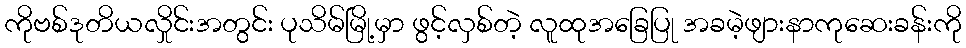
ကိုဗစ်ဒုတိယလှိုင်းအတွင်း ပုသိမ်မြို့မှာ ဖွင့်လှစ်တဲ့ လူထုအခြေပြု အခမဲ့ဖျားနာကုဆေးခန်းကို